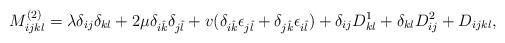
LaTeX: \begin{align*}M_{ijkl}^{(2)}={\bf{\lambda}} \delta_{ij}\delta_{kl} +2{\bf{\mu}}\delta_{i\hat{k}}\delta_{j\hat{l}} +v (\delta_{i\hat{k}}\epsilon_{j\hat{l}}+\delta_{j\hat{k}}\epsilon_{i\hat{l}}) +\delta_{ij}D_{kl}^{1}+\delta_{kl}D_{ij}^{2}+D_{ijkl},\end{align*}